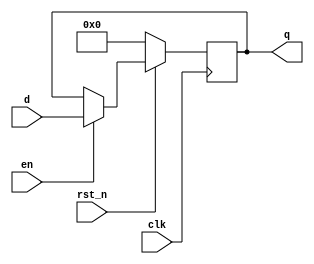
/////////////////////////////////////////
//Description
//  D flip-flop
/////////////////////////////////////////


module dff #(parameter FLOP_WIDTH = 32)(
  input                       clk,
  input                       rst_n, 
  input                       en,

  input      [FLOP_WIDTH-1:0]  d,
  output reg [FLOP_WIDTH-1:0]  q
);


//Internal signals


/////////////////////////
//Combinational logic
/////////////////////////
// next_state logic

/////////////////////////
//Sequential logic
/////////////////////////

always @ (posedge clk) begin
  if (~rst_n) begin
    q <= {FLOP_WIDTH{1'b0}};
  end
  else if (en)begin
    q <= d;
  end
end
/////////////////////////
//Sub block instantiations
/////////////////////////

/////////////////////////
//Assertions
/////////////////////////
endmodule